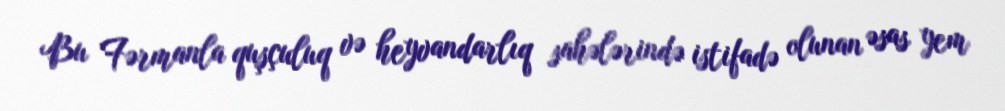
Bu Fərmanla quşçuluq və heyvandarlıq sahələrində istifadə olunan əsas yem